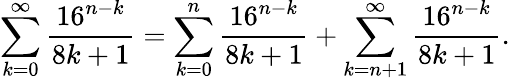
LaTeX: \sum_{k=0}^{\infty}{\frac{16^{n-k}}{8k+1}}=\sum_{k=0}^{n}{\frac{16^{n-k}}{8k+1}}+\sum_{k=n+1}^{\infty}{\frac{16^{n-k}}{8k+1}}.